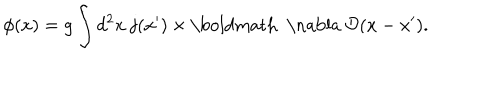
\phi ( x ) = g \int d ^ { 2 } x \; { \bf j } ( x ^ { \prime } ) \times \mathrm { \boldmath ~ \nabla ~ } { \cal D } ( x - x ^ { \prime } ) .